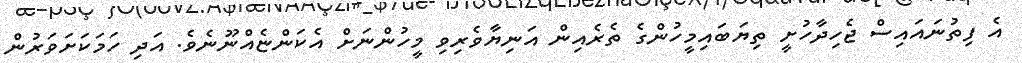
އެ ފިތުނައައިސް ޖެހިދާހުށީ ތިޔަބައިމީހުންގެ ތެރެއިން އަނިޔާވެރިވި މީހުންނަށް އެކަންޏެއްނޫނެވެ. އަދި ހަމަކަށަވަރުން